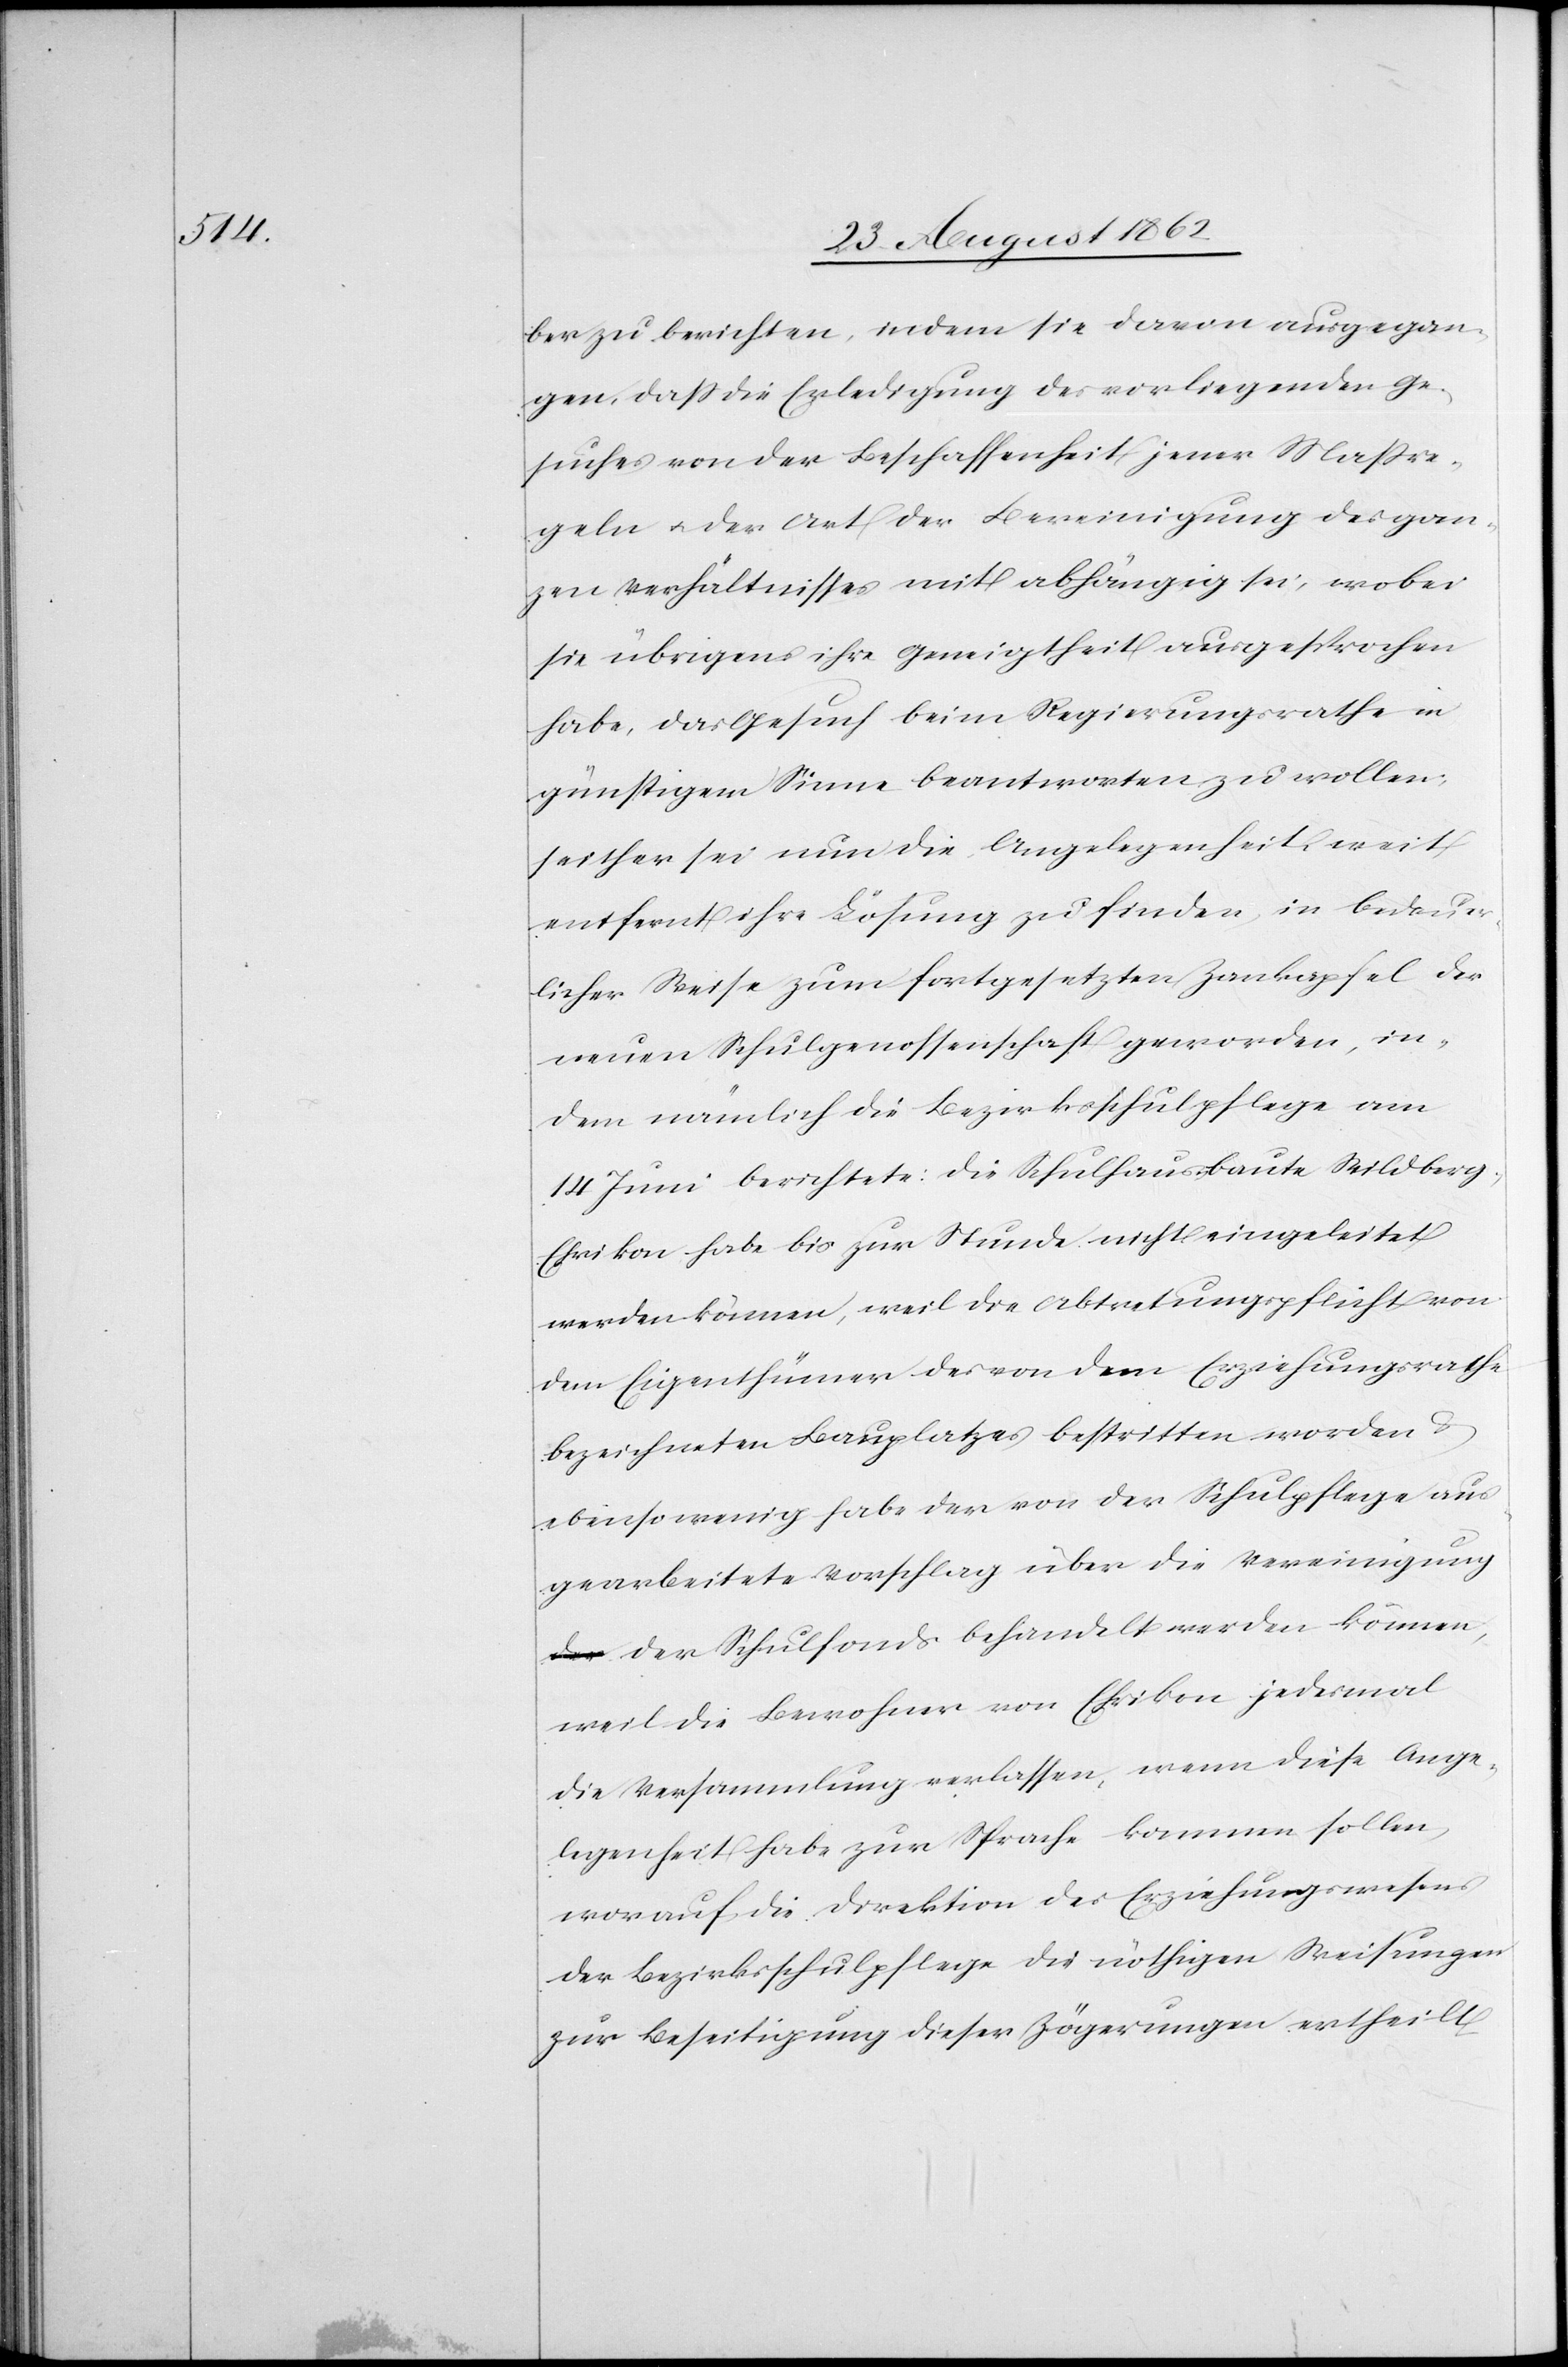
ber zu berichten, indem sie davon ausgegan¬
gen, daß die Erledigung des vorliegenden Ge¬
suches von der Beschaffenheit jener Maßre¬
geln u. der Art der Bereinigung des gan¬
zen Verhältnisses mit abhängig sei, wobei
sie übrigens ihre Geneigtheit ausgesprochen
habe, das Gesuch beim Regierungsrathe in
günstigem Sinne beantworten zu wollen;
seither sei nun die Angelegenheit, weit
entfernt ihre Lösung zu finden, in bedauer¬
licher Weise zum fortgesetzten Zankapfel der
neuen Schulgenossenschaft geworden, in¬
dem nämlich die Bezirksschulpflege am
14. Juni berichtete: Die Schulhausbaute Wildberg-E¬
hrikon habe bis zur Stunde nicht eingeleitet
werden können, weil die Abtretungspflicht von
dem Eigenthümer des von dem Erziehungsrathe
bezeichneten Bauplatzes bestritten worden u.
ebenso wenig habe der von der Schulpflege aus¬
gearbeitete Vorschlag über die Vereinigun¬
g der Schulfonds behandelt werden können,
weil die Bewohner von Ehrikon jedesmal
die Versammlung verlassen, wenn diese Ange¬
legenheit habe zur Sprache kommen sollen,
worauf die Direktion des Erziehungswesens
der Bezirksschulpflege die nöthigen Weisungen
zur Beseitigung dieser Zögerungen ertheilt,